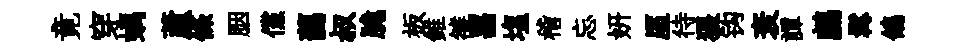
竟穿螭蘆條胭儻藹叔脆板錐雒噐塩稽忘妍厔待猥钩衰譚鸕髯鴿